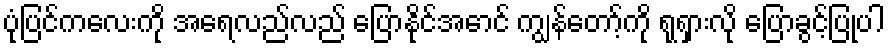
ပုံပြင်ကလေးကို အရေလည်လည် ပြောနိုင်အောင် ကျွန်တော့်ကို ရုရှားလို ပြောခွင့်ပြုပါ